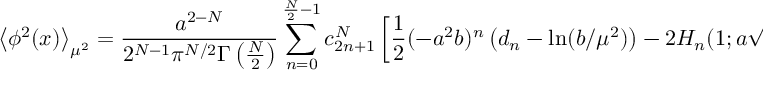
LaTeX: \left< \phi ^ { 2 } ( x ) \right> _ { \mu ^ { 2 } } = \frac { a ^ { 2 - N } } { 2 ^ { N - 1 } \pi ^ { N / 2 } \Gamma \left( \frac N 2 \right) } \sum _ { n = 0 } ^ { \frac N 2 - 1 } c _ { 2 n + 1 } ^ { N } \left[ { \frac { 1 } { 2 } } ( - a ^ { 2 } b ) ^ { n } \left( d _ { n } - \ln ( b / \mu ^ { 2 } ) \right) - 2 H _ { n } ( 1 ; a \sqrt b ) \right] .